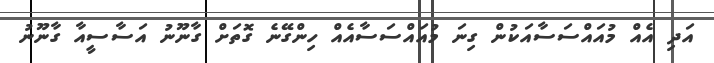
އަދި އެއް މުއައްސަސާއަކުން ގިނަ މުއައްސަސާއެއް ހިންގޭނެ ގޮތަށް ގާނޫނު އަސާސީއާ ގާނޫނު